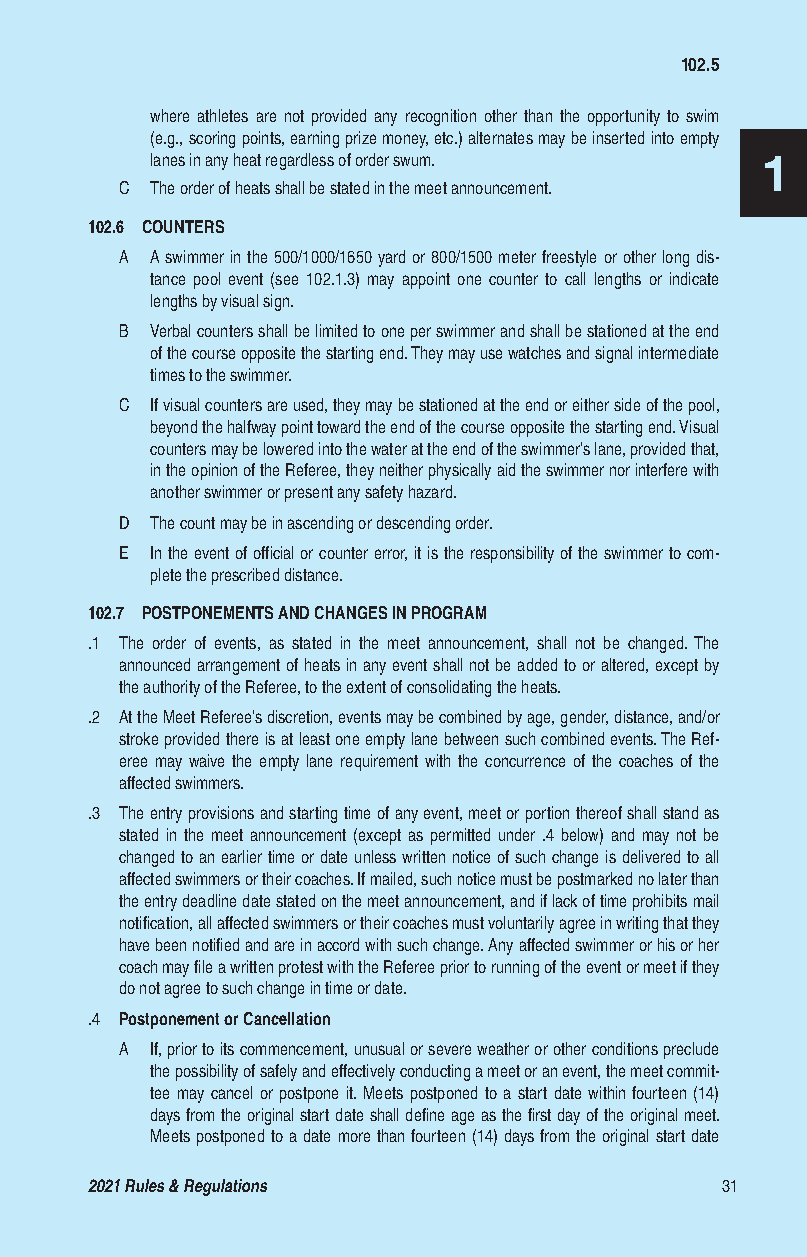
102.5
 where athletes are not provided any recognition other than the opportunity to swim
 (e.g., scoring points, earning prize money, etc.) alternates may be inserted into empty
 lanes in any heat regardless of order swum. 1
 C The order of heats shall be stated in the meet announcement.
 102.6 COUNTERS
 A A swimmer in the 500/1000/1650 yard or 800/1500 meter freestyle or other long dis-
 tance pool event (see 102.1.3) may appoint one counter to call lengths or indicate
 lengths by visual sign.
 B Verbal counters shall be limited to one per swimmer and shall be stationed at the end
 of the course opposite the starting end. They may use watches and signal intermediate
 times to the swimmer.
 C If visual counters are used, they may be stationed at the end or either side of the pool,
 beyond the halfway point toward the end of the course opposite the starting end. Visual
 counters may be lowered into the water at the end of the swimmer’s lane, provided that,
 in the opinion of the Referee, they neither physically aid the swimmer nor interfere with
 another swimmer or present any safety hazard.
 D The count may be in ascending or descending order.
 E In the event of official or counter error, it is the responsibility of the swimmer to com-
 plete the prescribed distance.
 102.7 POSTPONEMENTS AND CHANGES IN PROGRAM
 .1 The order of events, as stated in the meet announcement, shall not be changed. The
 announced arrangement of heats in any event shall not be added to or altered, except by
 the authority of the Referee, to the extent of consolidating the heats.
 .2 At the Meet Referee’s discretion, events may be combined by age, gender, distance, and/or
 stroke provided there is at least one empty lane between such combined events. The Ref-
 eree may waive the empty lane requirement with the concurrence of the coaches of the
 affected swimmers.
 .3 The entry provisions and starting time of any event, meet or portion thereof shall stand as
 stated in the meet announcement (except as permitted under .4 below) and may not be
 changed to an earlier time or date unless written notice of such change is delivered to all
 affected swimmers or their coaches. If mailed, such notice must be postmarked no later than
 the entry deadline date stated on the meet announcement, and if lack of time prohibits mail
 notification, all affected swimmers or their coaches must voluntarily agree in writing that they
 have been notified and are in accord with such change. Any affected swimmer or his or her
 coach may file a written protest with the Referee prior to running of the event or meet if they
 do not agree to such change in time or date.
 .4 Postponement or Cancellation
 A If, prior to its commencement, unusual or severe weather or other conditions preclude
 the possibility of safely and effectively conducting a meet or an event, the meet commit-
 tee may cancel or postpone it. Meets postponed to a start date within fourteen (14)
 days from the original start date shall define age as the first day of the original meet.
 Meets postponed to a date more than fourteen (14) days from the original start date
 2021 Rules & Regulations                  31